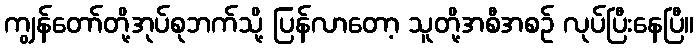
ကျွန်တော်တို့အုပ်စုဘက်သို့ ပြန်လာတော့ သူတို့အစီအစဉ် လုပ်ပြီးနေပြီ။